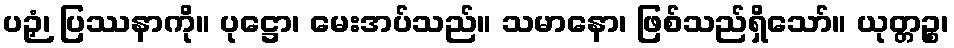
ပဉှံ၊ ပြဿနာကို။ ပုဋ္ဌော၊ မေးအပ်သည်။ သမာနော၊ ဖြစ်သည်ရှိသော်။ ယုတ္တဉ္စ၊